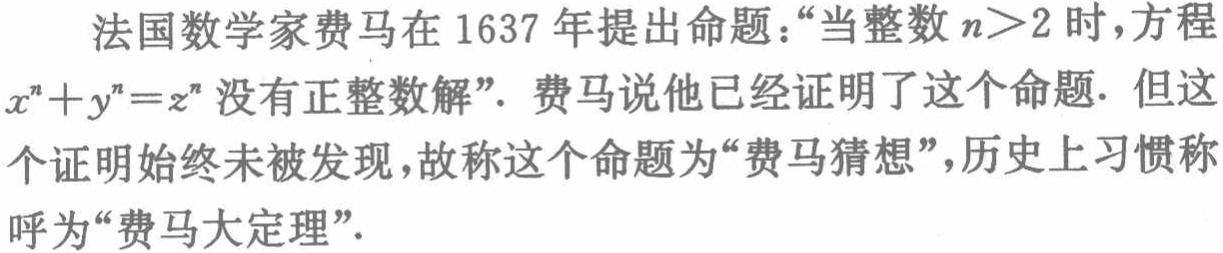
法国数学家费马在 1637 年提出命题：“当整数 \(n>2\) 时，方程 \(x^{n}+y^{n}=z^{n}\) 没有正整数解”。费马说他已经证明了这个命题. 但这个证明始终未被发现，故称这个命题为“费马猜想”，历史上习惯称呼为“费马大定理”。